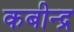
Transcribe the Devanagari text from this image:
कबीन्द्र